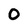
Character: O